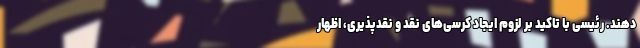
دهند. رئیسی با تاکید بر لزوم ایجاد کرسی‌های نقد و نقدپذیری، اظهار